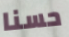
حسنا